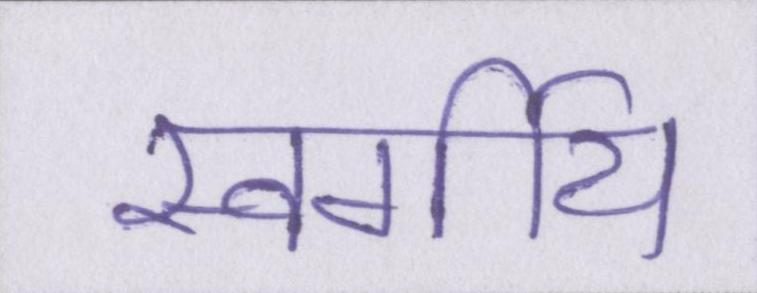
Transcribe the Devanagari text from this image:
स्वर्गीय